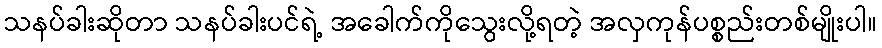
သနပ်ခါးဆိုတာ သနပ်ခါးပင်ရဲ့ အခေါက်ကိုသွေးလို့ရတဲ့ အလှကုန်ပစ္စည်းတစ်မျိုးပါ။